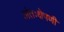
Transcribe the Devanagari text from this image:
अंतःक्षेपणी